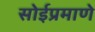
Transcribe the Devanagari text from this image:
सोईप्रमाणे